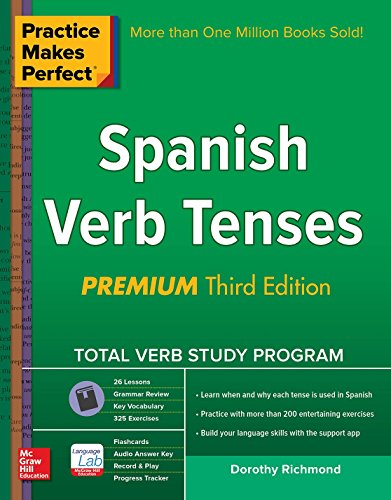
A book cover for Practice Makes Perfect Spanish Verb Tenses, Premium 3rd Edition (Practice Makes Perfect Series); Dorothy Richmond; Reference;